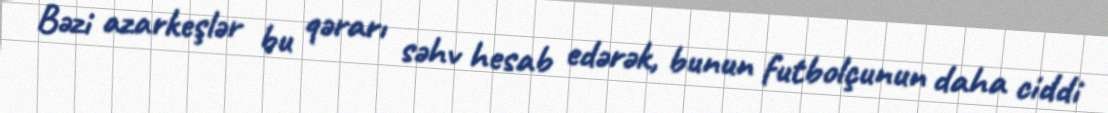
Bəzi azarkeşlər bu qərarı səhv hesab edərək, bunun futbolçunun daha ciddi